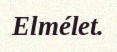
Elmélet.